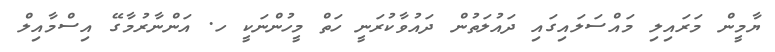
ޔާމީން މަރައިލި މައްސަލައިގައި ދައުލަތުން ދައުވާކުރަނީ ހަތް މީހުންނަކީ ހ. އަންނާރުމާގޭ އިސްމާއިލް